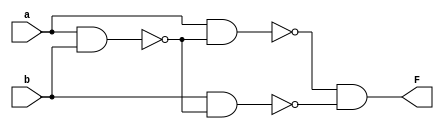
module xnor_nand_only(a, b, F);
  input a, b;
  output F;
  wire w1, w2, w3;

  nand #5 (w1, a, b);
  nand #5 (w2, a, w1);
  nand #5 (w3, b, w1);
  and(F, w2, w3);
endmodule